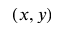
( x , y )